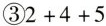
③$$2+4+5$$